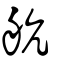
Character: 航